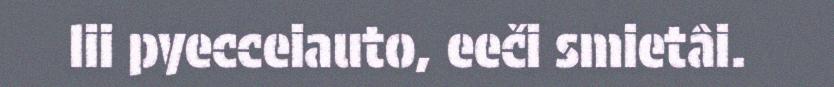
lii pyecceiauto, eeči smietâi.